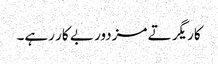
کاریگر تے مزدور بے کار رہے۔